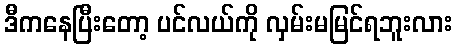
ဒီကနေပြီးတော့ ပင်လယ်ကို လှမ်းမမြင်ရဘူးလား